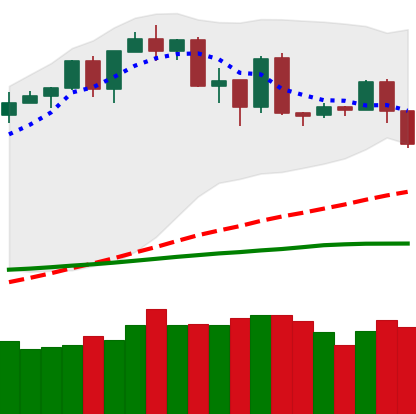
Ticker: BTC-USD
Chart end date: 2020-02-25
Forward return: -8.342%
Label: down_7plus